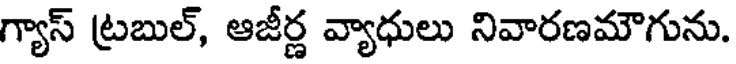
గ్యాస్ ట్రబుల్, ఆజీర్ణ వ్యాధులు నివారణమౌగును.